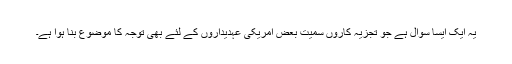
یہ ایک ایسا سوال ہے جو تجزیہ کاروں سمیت بعض امریکی عہدیداروں کے لئے بھی توجہ کا موضوع بنا ہوا ہے۔